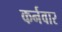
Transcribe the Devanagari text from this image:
कर्नवार